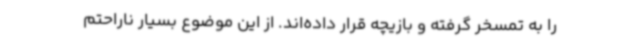
را به تمسخر گرفته و بازیچه قرار داده‌اند. از این موضوع بسیار ناراحتم